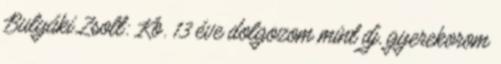
Bulyáki Zsolt: Kb. 13 éve dolgozom mint dj, gyerekorom